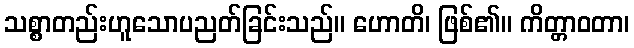
သစ္စာတည်းဟူသောပညတ်ခြင်းသည်။ ဟောတိ၊ ဖြစ်၏။ ကိတ္တာဝတာ၊